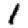
Digit: 1